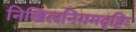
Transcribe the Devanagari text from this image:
निखिलनिगमदृष्टिः